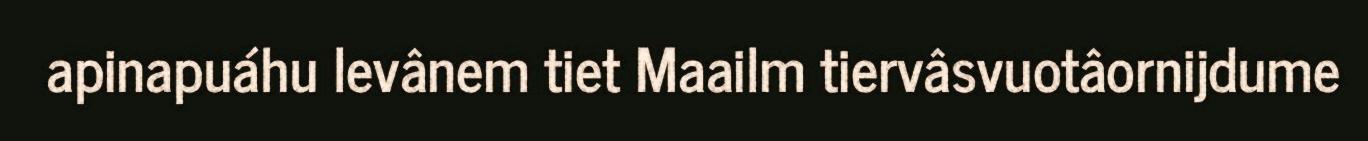
apinapuáhu levânem tiet Maailm tiervâsvuotâornijdume